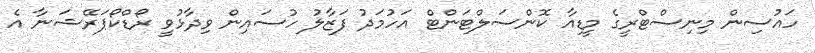
ހައުސިން މިނިސްޓްރީގެ މީޑިއާ ކޮންސަލްޓަންޓް އަހުމަދު ފަޒާލު ހުސައިން ވިދާޅުވީ ރޯޑްކޯޕަރޭޝަނާ އެ